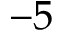
- 5